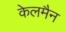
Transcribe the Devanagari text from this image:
केलमैन